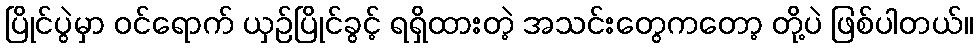
ပြိုင်ပွဲမှာ ဝင်ရောက် ယှဉ်ပြိုင်ခွင့် ရရှိထားတဲ့ အသင်းတွေကတော့ တို့ပဲ ဖြစ်ပါတယ်။